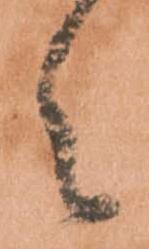
之